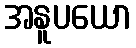
အနူပယော